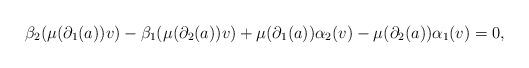
LaTeX: \begin{align*} \beta_2(\mu(\partial_1(a))v) - \beta_1(\mu(\partial_2(a))v) + \mu(\partial_1(a))\alpha_2(v) - \mu(\partial_2(a))\alpha_1(v) = 0, \end{align*}